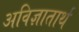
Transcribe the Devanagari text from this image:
अविज्ञातार्थ